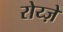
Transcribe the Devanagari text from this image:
रोय्ज़े